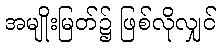
အမျိုးမြတ်၌ ဖြစ်လိုလျှင်